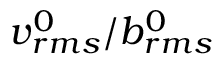
v _ { r m s } ^ { 0 } / b _ { r m s } ^ { 0 }